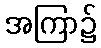
အကြာ၌